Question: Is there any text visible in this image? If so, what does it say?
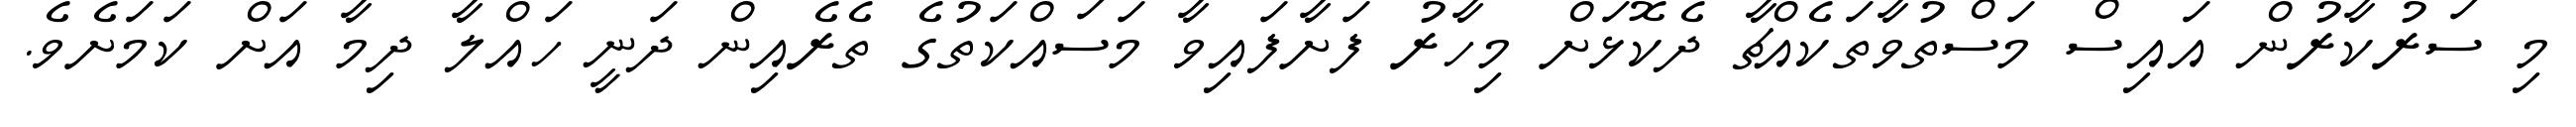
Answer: މި ސަރުކާރުން އައިސް މަސްތުވާތަކެއްޗާ ދެކޮޅަށް މިހާރު ފަށާފައިވާ މަސައްކަތުގެ ތެރެއިން ދަނީ ހައްލާ ދިމާ އަށް ކަމަށެވެ.